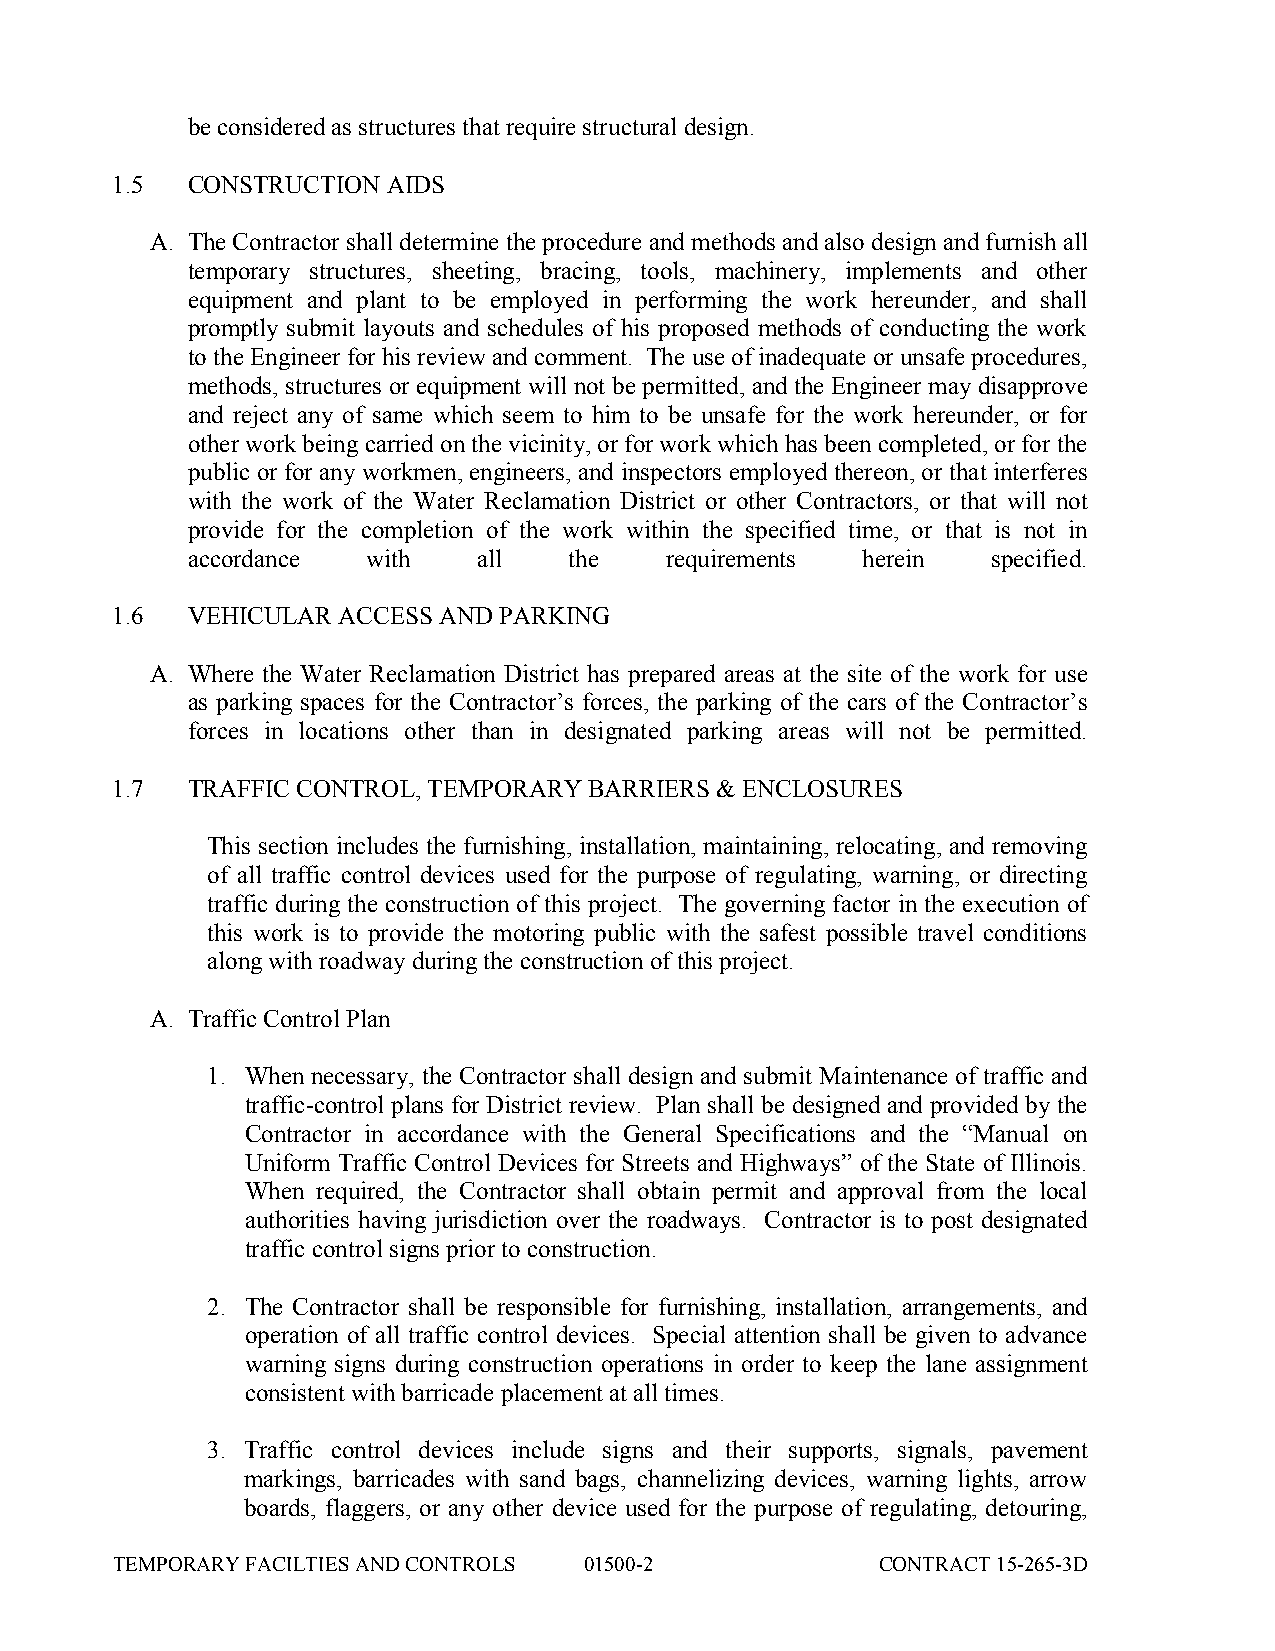
be considered as structures that require structural design.
 1.5  CONSTRUCTION  AIDS
 A. The Contractor shall determine the procedure and methods and also design and furnish all
 temporary structures, sheeting, bracing, tools, machinery, implements and other
 equipment and plant to be employed in performing the work hereunder, and shall
 promptly submit layouts and schedules of his proposed methods of conducting the work
 to the Engineer for his review and comment. The use of inadequate or unsafe procedures,
 methods, structures or equipment will not be permitted, and the Engineer may disapprove
 and reject any of same which seem to him to be unsafe for the work hereunder, or for
 other work being carried on the vicinity, or for work which has been completed, or for the
 public or for any workmen, engineers, and inspectors employed thereon, or that interferes
 with the work of the Water Reclamation District or other Contractors, or that will not
 provide for the completion of the work within the specified time, or that is not in
 accordance  with    all   the   requirements herein   specified.
 1.6  VEHICULAR ACCESS AND PARKING
 A. Where the Water Reclamation District has prepared areas at the site of the work for use
 as parking spaces for the Contractor’s forces, the parking of the cars of the Contractor’s
 forces in locations other than in designated parking areas will not be permitted.
 1.7  TRAFFIC CONTROL, TEMPORARY BARRIERS & ENCLOSURES
 This section includes the furnishing, installation, maintaining, relocating, and removing
 of all traffic control devices used for the purpose of regulating, warning, or directing
 traffic during the construction of this project. The governing factor in the execution of
 this work is to provide the motoring public with the safest possible travel conditions
 along with roadway during the construction of this project.
 A. Traffic Control Plan
 1. When necessary, the Contractor shall design and submit Maintenance of traffic and
 traffic-control plans for District review. Plan shall be designed and provided by the
 Contractor in accordance with the General Specifications and the “Manual on
 Uniform Traffic Control Devices for Streets and Highways” of the State of Illinois.
 When required, the Contractor shall obtain permit and approval from the local
 authorities having jurisdiction over the roadways. Contractor is to post designated
 traffic control signs prior to construction.
 2. The Contractor shall be responsible for furnishing, installation, arrangements, and
 operation of all traffic control devices. Special attention shall be given to advance
 warning signs during construction operations in order to keep the lane assignment
 consistent with barricade placement at all times.
 3. Traffic control devices include signs and their supports, signals, pavement
 markings, barricades with sand bags, channelizing devices, warning lights, arrow
 boards, flaggers, or any other device used for the purpose of regulating, detouring,
 TEMPORARY FACILTIES AND CONTROLS 01500-2           CONTRACT 15-265-3D